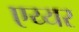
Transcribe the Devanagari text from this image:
एय्यर